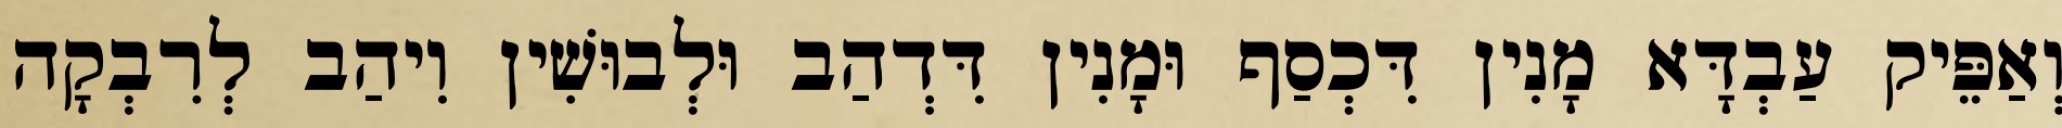
וְאַפֵּיק עַבְדָּא מָנִין דִּכְסַף וּמָנִין דִּדְהַב וּלְבוּשִׁין וִיהַב לְרִבְקָה